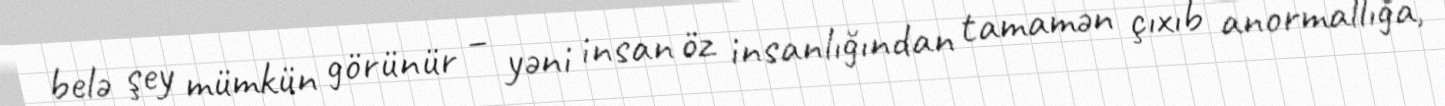
belə şey mümkün görünür – yəni insan öz insanlığından tamamən çıxıb anormallığa,